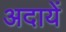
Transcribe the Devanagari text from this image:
अदायें